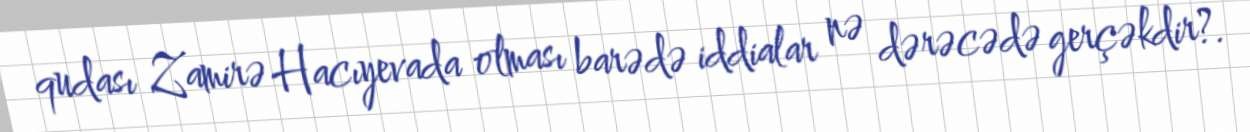
qudası Zamirə Hacıyevada olması barədə iddialar nə dərəcədə gerçəkdir?.